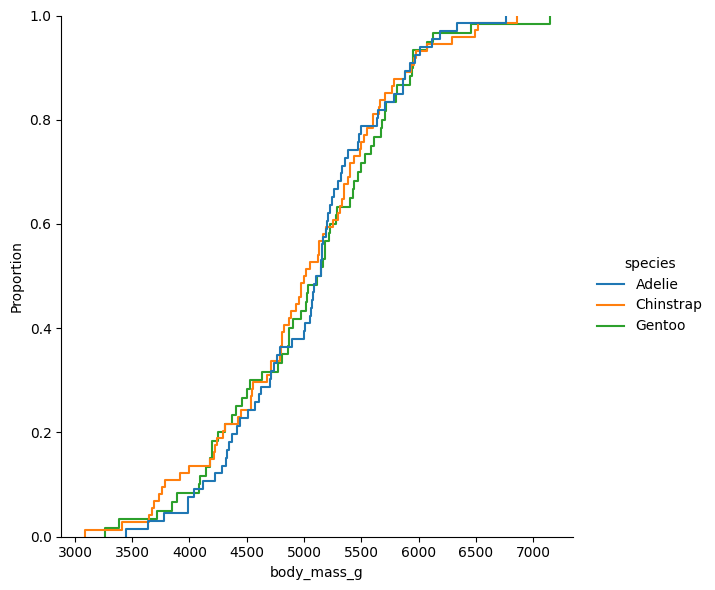
python, seaborn, displot, kind='ecdf', column='body_mass_g', hue='species', height=6, aspect=1.0